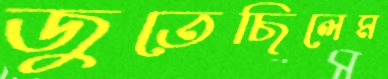
জুতেছিলেম